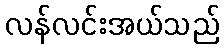
လန်လင်းအယ်သည်